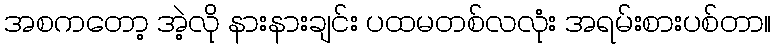
အစကတော့ အဲ့လို နားနားချင်း ပထမတစ်လလုံး အရမ်းစားပစ်တာ။